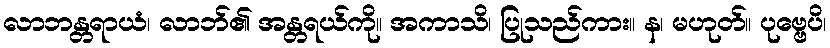
လာဘန္တရာယံ၊ လာဘ်၏ အန္တရယ်ကို။ အကာသိ၊ ပြုသည်ကား။ န၊ မဟုတ်။ ပုဗ္ဗေပိ၊